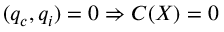
( q _ { c } , q _ { i } ) = 0 \Rightarrow { \cal C } ( X ) = 0